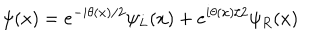
\psi ( x ) = e ^ { - i \theta ( x ) / 2 } \psi _ { L } ( x ) + e ^ { i \theta ( x ) / 2 } \psi _ { R } ( x )